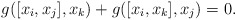
\begin{align*} g([x_{i}, x_{j}],x_{k})+ g([x_{i}, x_{k}],x_{j})=0.\end{align*}